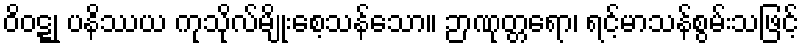
ဝိဝဋ္ဋု ပနိဿယ ကုသိုလ်မျိုးစေ့သန်သော။ ဉာဏုတ္တရော၊ ရင့်မာသန်စွမ်းသဖြင့်